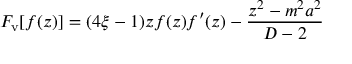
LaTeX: F _ { \mathrm { v } } [ f ( z ) ] = ( 4 \xi - 1 ) z f ( z ) f ^ { \prime } ( z ) - \frac { z ^ { 2 } - m ^ { 2 } a ^ { 2 } } { D - 2 }